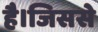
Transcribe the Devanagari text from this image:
है।जिससे